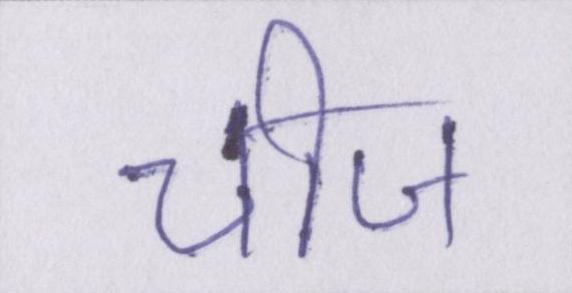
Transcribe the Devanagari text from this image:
चीज